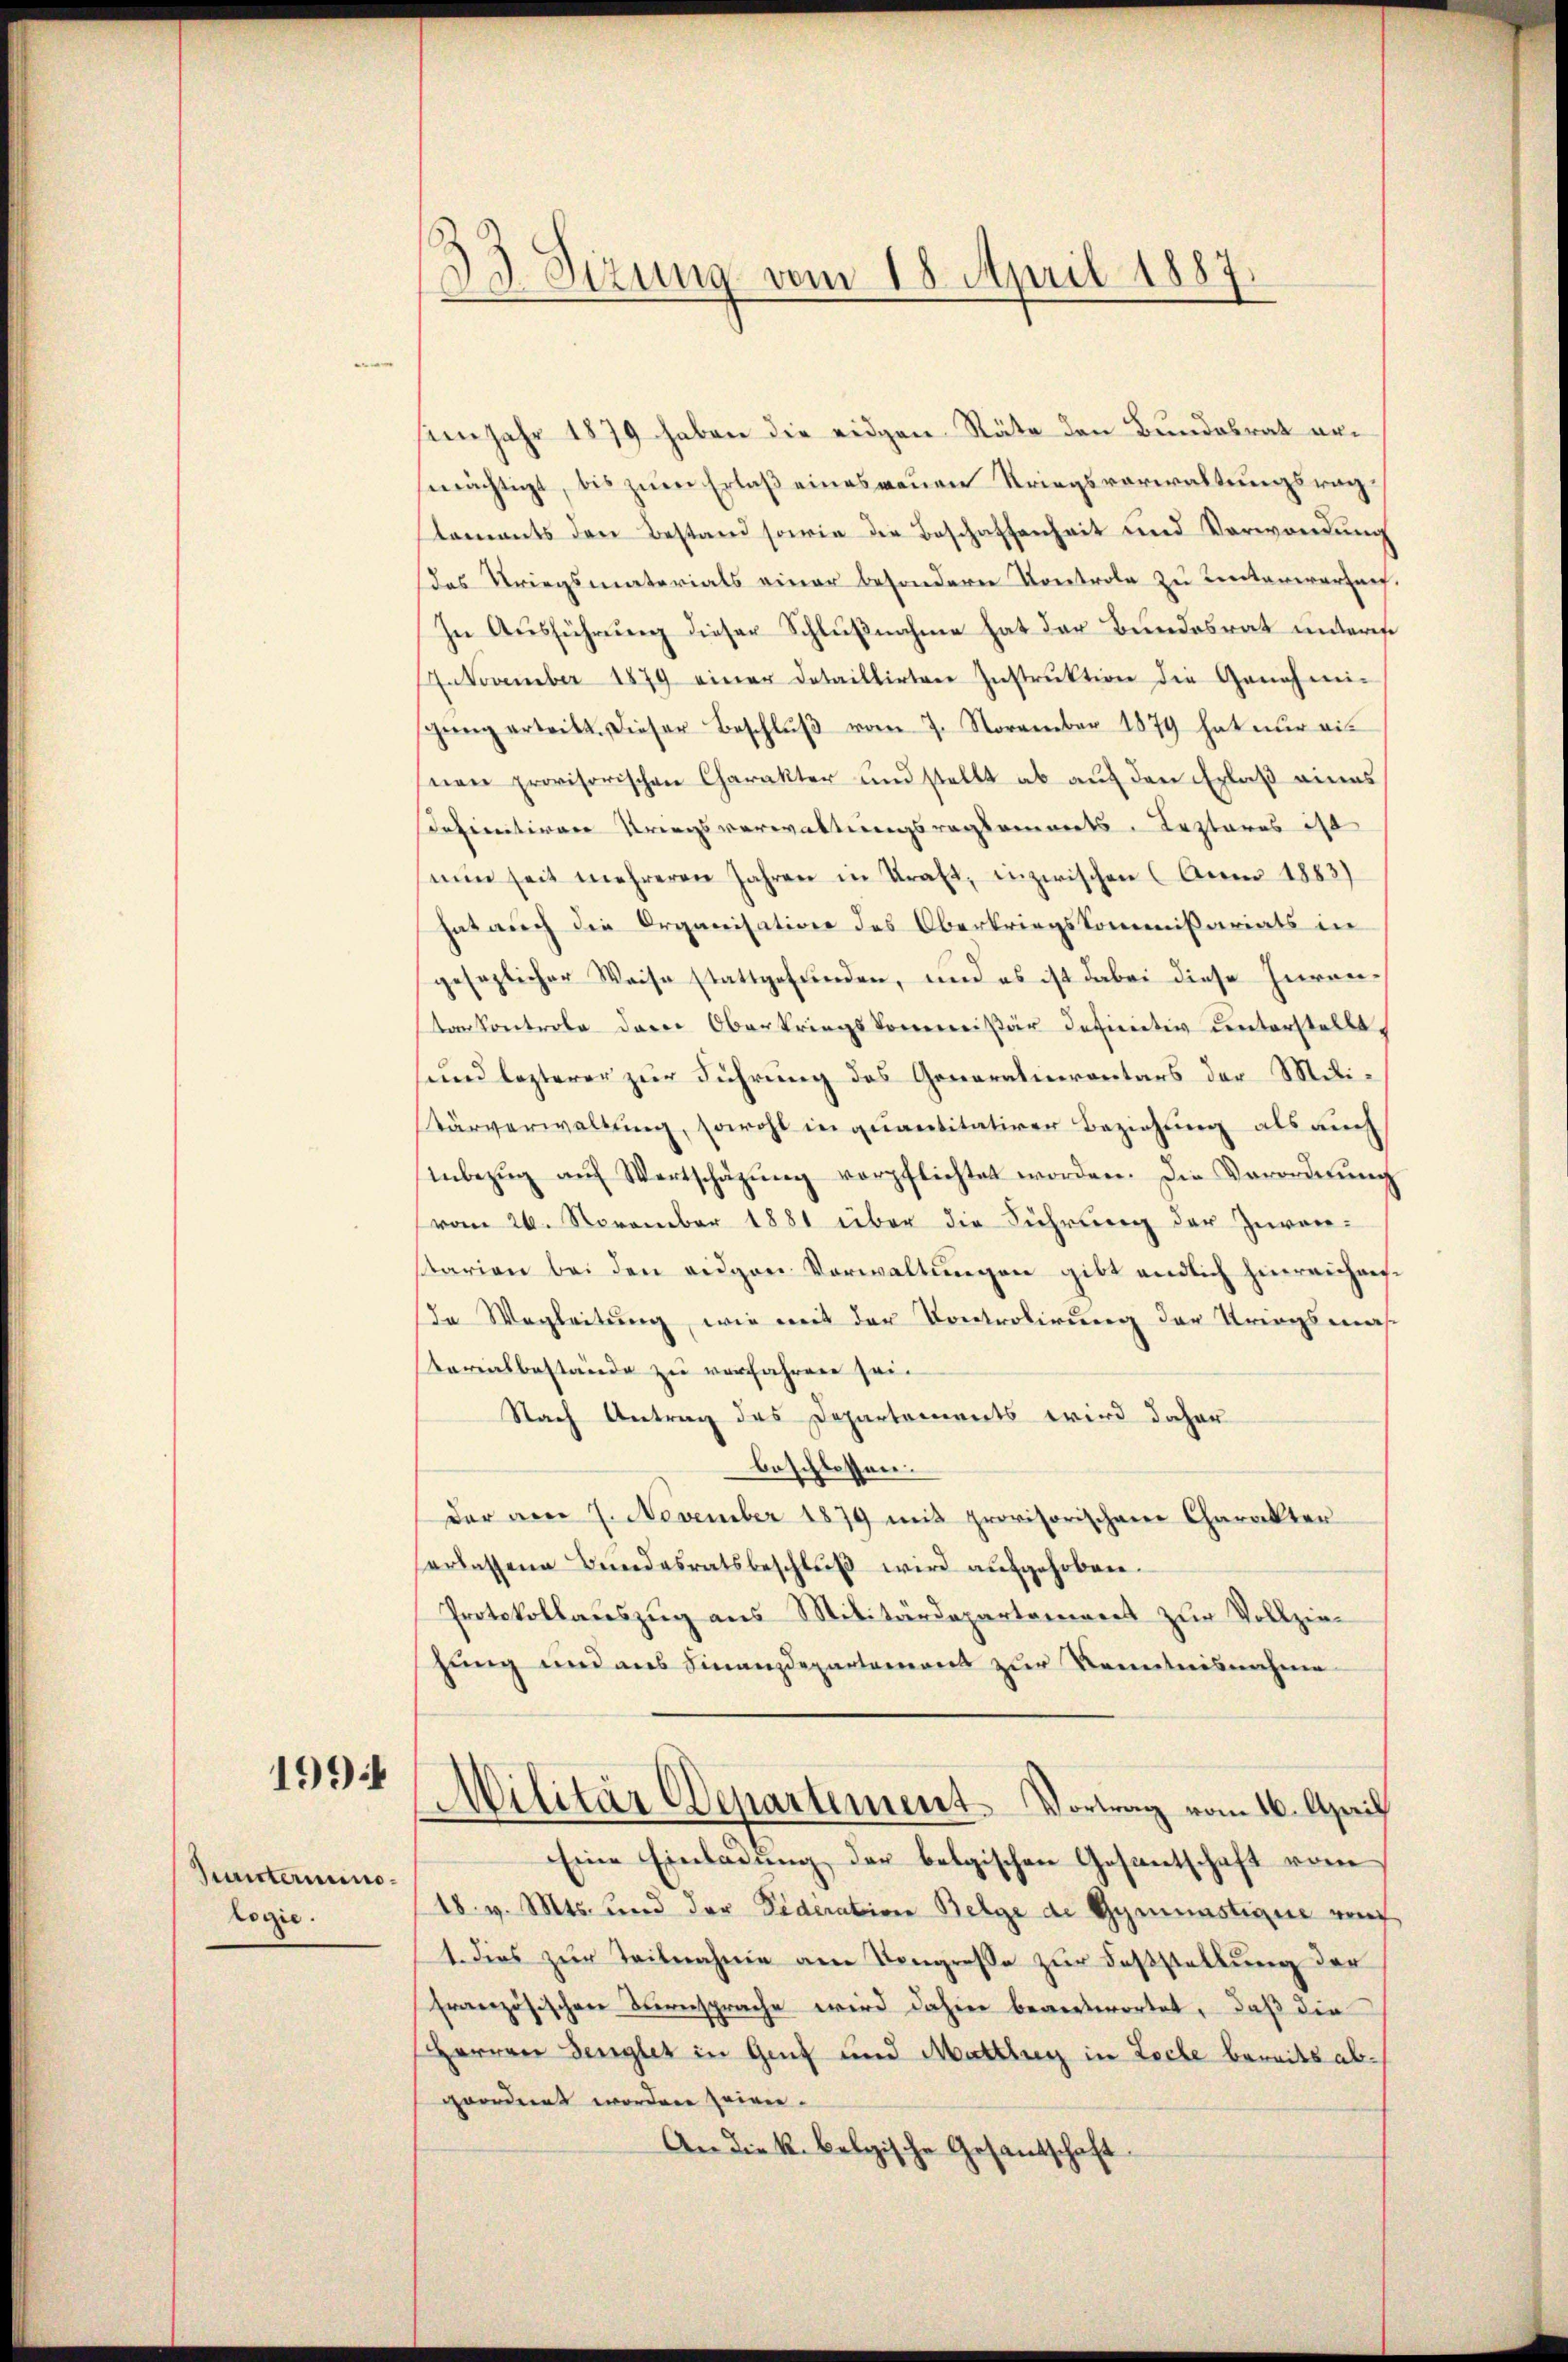
1994

Juunterimologie.

3. Sizung vom 18. April 1883

im Jahr 1879 haben die eidgen Räte den Bundesrat erswächtigt, bis zum Erlaß eines reuen Kriegsverwaltungsragstaments den Bestand sowie die Beschaffenheit und Verwendung
das Kriegsmaterials einer besondere Kontrole zu Lentararznef.
In Ausführung dieser Schlußnahme hat der Bundesrat unteres
27. November 1879 einer detaillirten Instrŭktion die Genehmi-
gŭng erteilt. Dieser Beschlŭβ vom 7. November 1879 hat nŭr eis
nen provisorischen Charakter und stellt ab auf den Erlaß eines
Definitiven Kriegsverwaltungsregkommerts. Lezteres ist
nun seit mehreren Jahren in Kraft, inzwischen (Anno 1883)
hat auch die Organisation des Oberkriegskommißariats in
gesezlicher Weise stattgefunden, und es ist dabei diese Inventankontrole der Oberkriegskommißär definitiv unterstellt.
sund lezterer zur Führung des Generalienrentars der Militärverwaltung, sowohl in quantitativer Beziehung als auch
inbezŭg aŭf Wertschäzŭng verpflichtet worden. Die Verordnŭng
(vom 26. November 1881 über die Führung der Zuverstarion bei den eigen Vorwaltungen gibt endlich hinreichae¬
In Wegleitung, wie mit der Kontrolirung der Kriegsmas
terialbestände zu verfahren sei.
Nach Antrag des Departements wird daher
beschlossen.
der aber 7. November 1879 mit provisorischen Charakter
herlassene Bundesratsbeschlŭβ wird aŭfgehoben.
Protokollauszug aus Militärdepartement zur Vollziehung und aus Finanzdepartement zur Kenntnisnehme
Militär Departement Vortrag vom 16. April
Eine Einladung der belgischen Gesantschaft vom
18. v. Mts. und der Federation Belge de Gymünstigue von
1. dies zur Teilnahme am Kongreße zur Fasstellung der
französischen Turnsprache wird dahier beantwortet, daß die
Herren Bengler in Genf und Mattler in Loche bereits abgeordert worden seinen.
An die k. belgische Gesantschaft